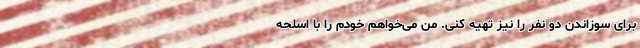
برای سوزاندن دو نفر را نیز تهیه کنی. من می‌خواهم خودم را با اسلحه